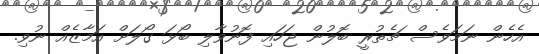
އެހެން ނަމަވެސް ޗެތުރީ ބޮލުން ޖަހައި ފޮނުވާލި ބޯޅަ ގޯލަށް އަމާޒެއް ނުވި.